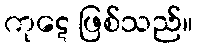
ကုဋေ ဖြစ်သည်။